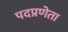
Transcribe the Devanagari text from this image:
पदप्रणेता